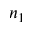
n _ { 1 }